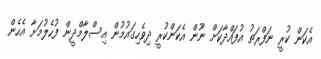
އެކަން ކުރީ ނަފްރަތު އުފައްދާކަށް ނޫން އެކަންކުރީ ދިވެހިގައުމުން އިސްލާމްދީން ފުހެލުމަށާ އެހެން